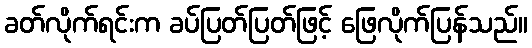
ခတ်လိုက်ရင်းက ခပ်ပြတ်ပြတ်ဖြင့် ဖြေလိုက်ပြန်သည်။